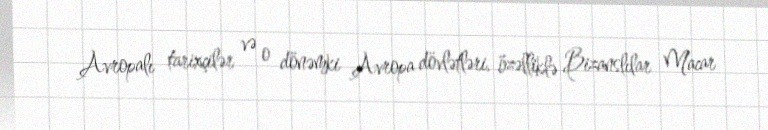
Avropalı tarixçilər və o dönəmki Avropa dövlətləri, özəlliklə Bizanslılar Macar